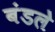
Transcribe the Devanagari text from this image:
बंडले